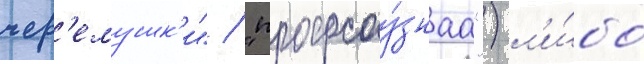
чер'емушк'и" / "профсоу́знаа") л'и́бо